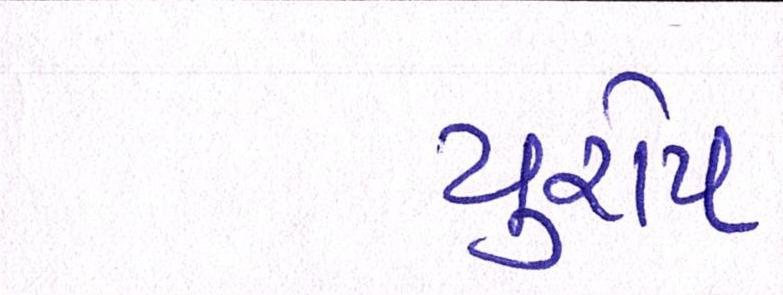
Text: યુરોપ